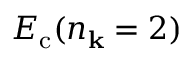
E _ { \mathrm { c } } ( n _ { \mathbf k } = 2 )